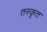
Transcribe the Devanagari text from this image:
तस्कृत